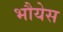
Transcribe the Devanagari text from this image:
भौयेस